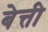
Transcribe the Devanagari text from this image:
बेत्ती